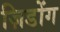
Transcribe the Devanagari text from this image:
ज़िडोंग